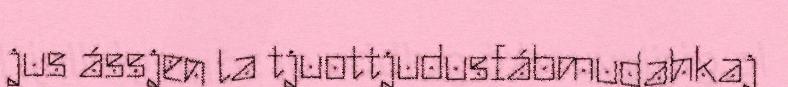
jus ássjen la tjuottjudusfábmudahkaj